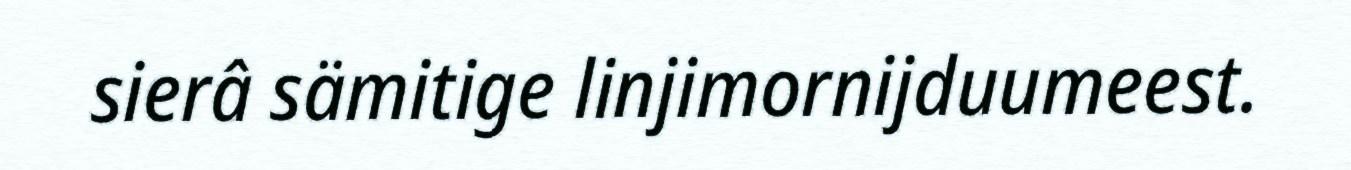
sierâ sämitige linjimornijduumeest.